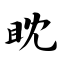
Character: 眈